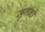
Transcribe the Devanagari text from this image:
सुगन्धे